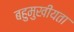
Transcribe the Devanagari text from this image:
बहुमुखीयता